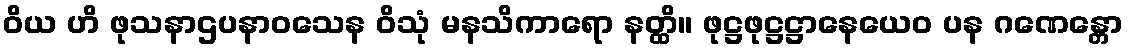
ဝိယ ဟိ ဖုသနာဌပနာဝသေန ဝိသုံ မနသိကာရော နတ္ထိ။ ဖုဋ္ဌဖုဋ္ဌဋ္ဌာနေယေဝ ပန ဂဏေန္တော